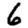
Digit: 6